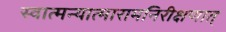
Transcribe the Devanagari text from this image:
स्वात्मन्यात्मारामनिरीक्षणात्